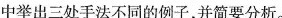
中举出三处手法不同的例子，并简要分析。